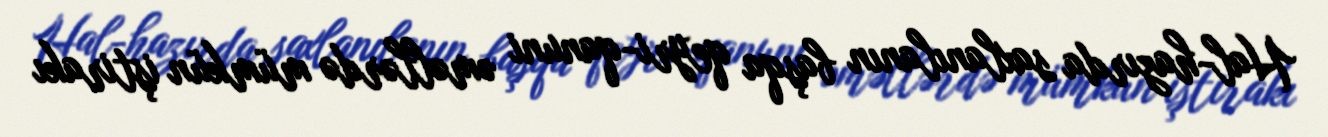
Hal-hazırda saxlanılanın başqa qeyri-qanuni əməllərdə mümkün iştirakı